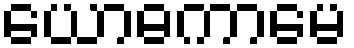
ယောဓကာမေ